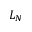
L _ { N }